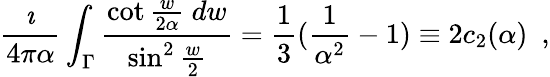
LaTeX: {\frac{\imath}{4\pi\alpha}}\int_{\Gamma}{\frac{\cot{\frac{w}{2\alpha}}~dw}{\sin^{2}{\frac{w}{2}}}}={\frac{1}{3}}({\frac{1}{\alpha^{2}}}-1)\equiv 2c_{2}(\alpha)~~,